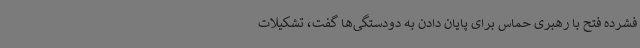
فشرده فتح با رهبری حماس برای پایان دادن به دودستگی‌ها گفت، تشکیلات